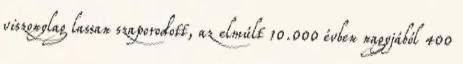
viszonylag lassan szaporodott, az elmúlt 10.000 évben nagyjából 400